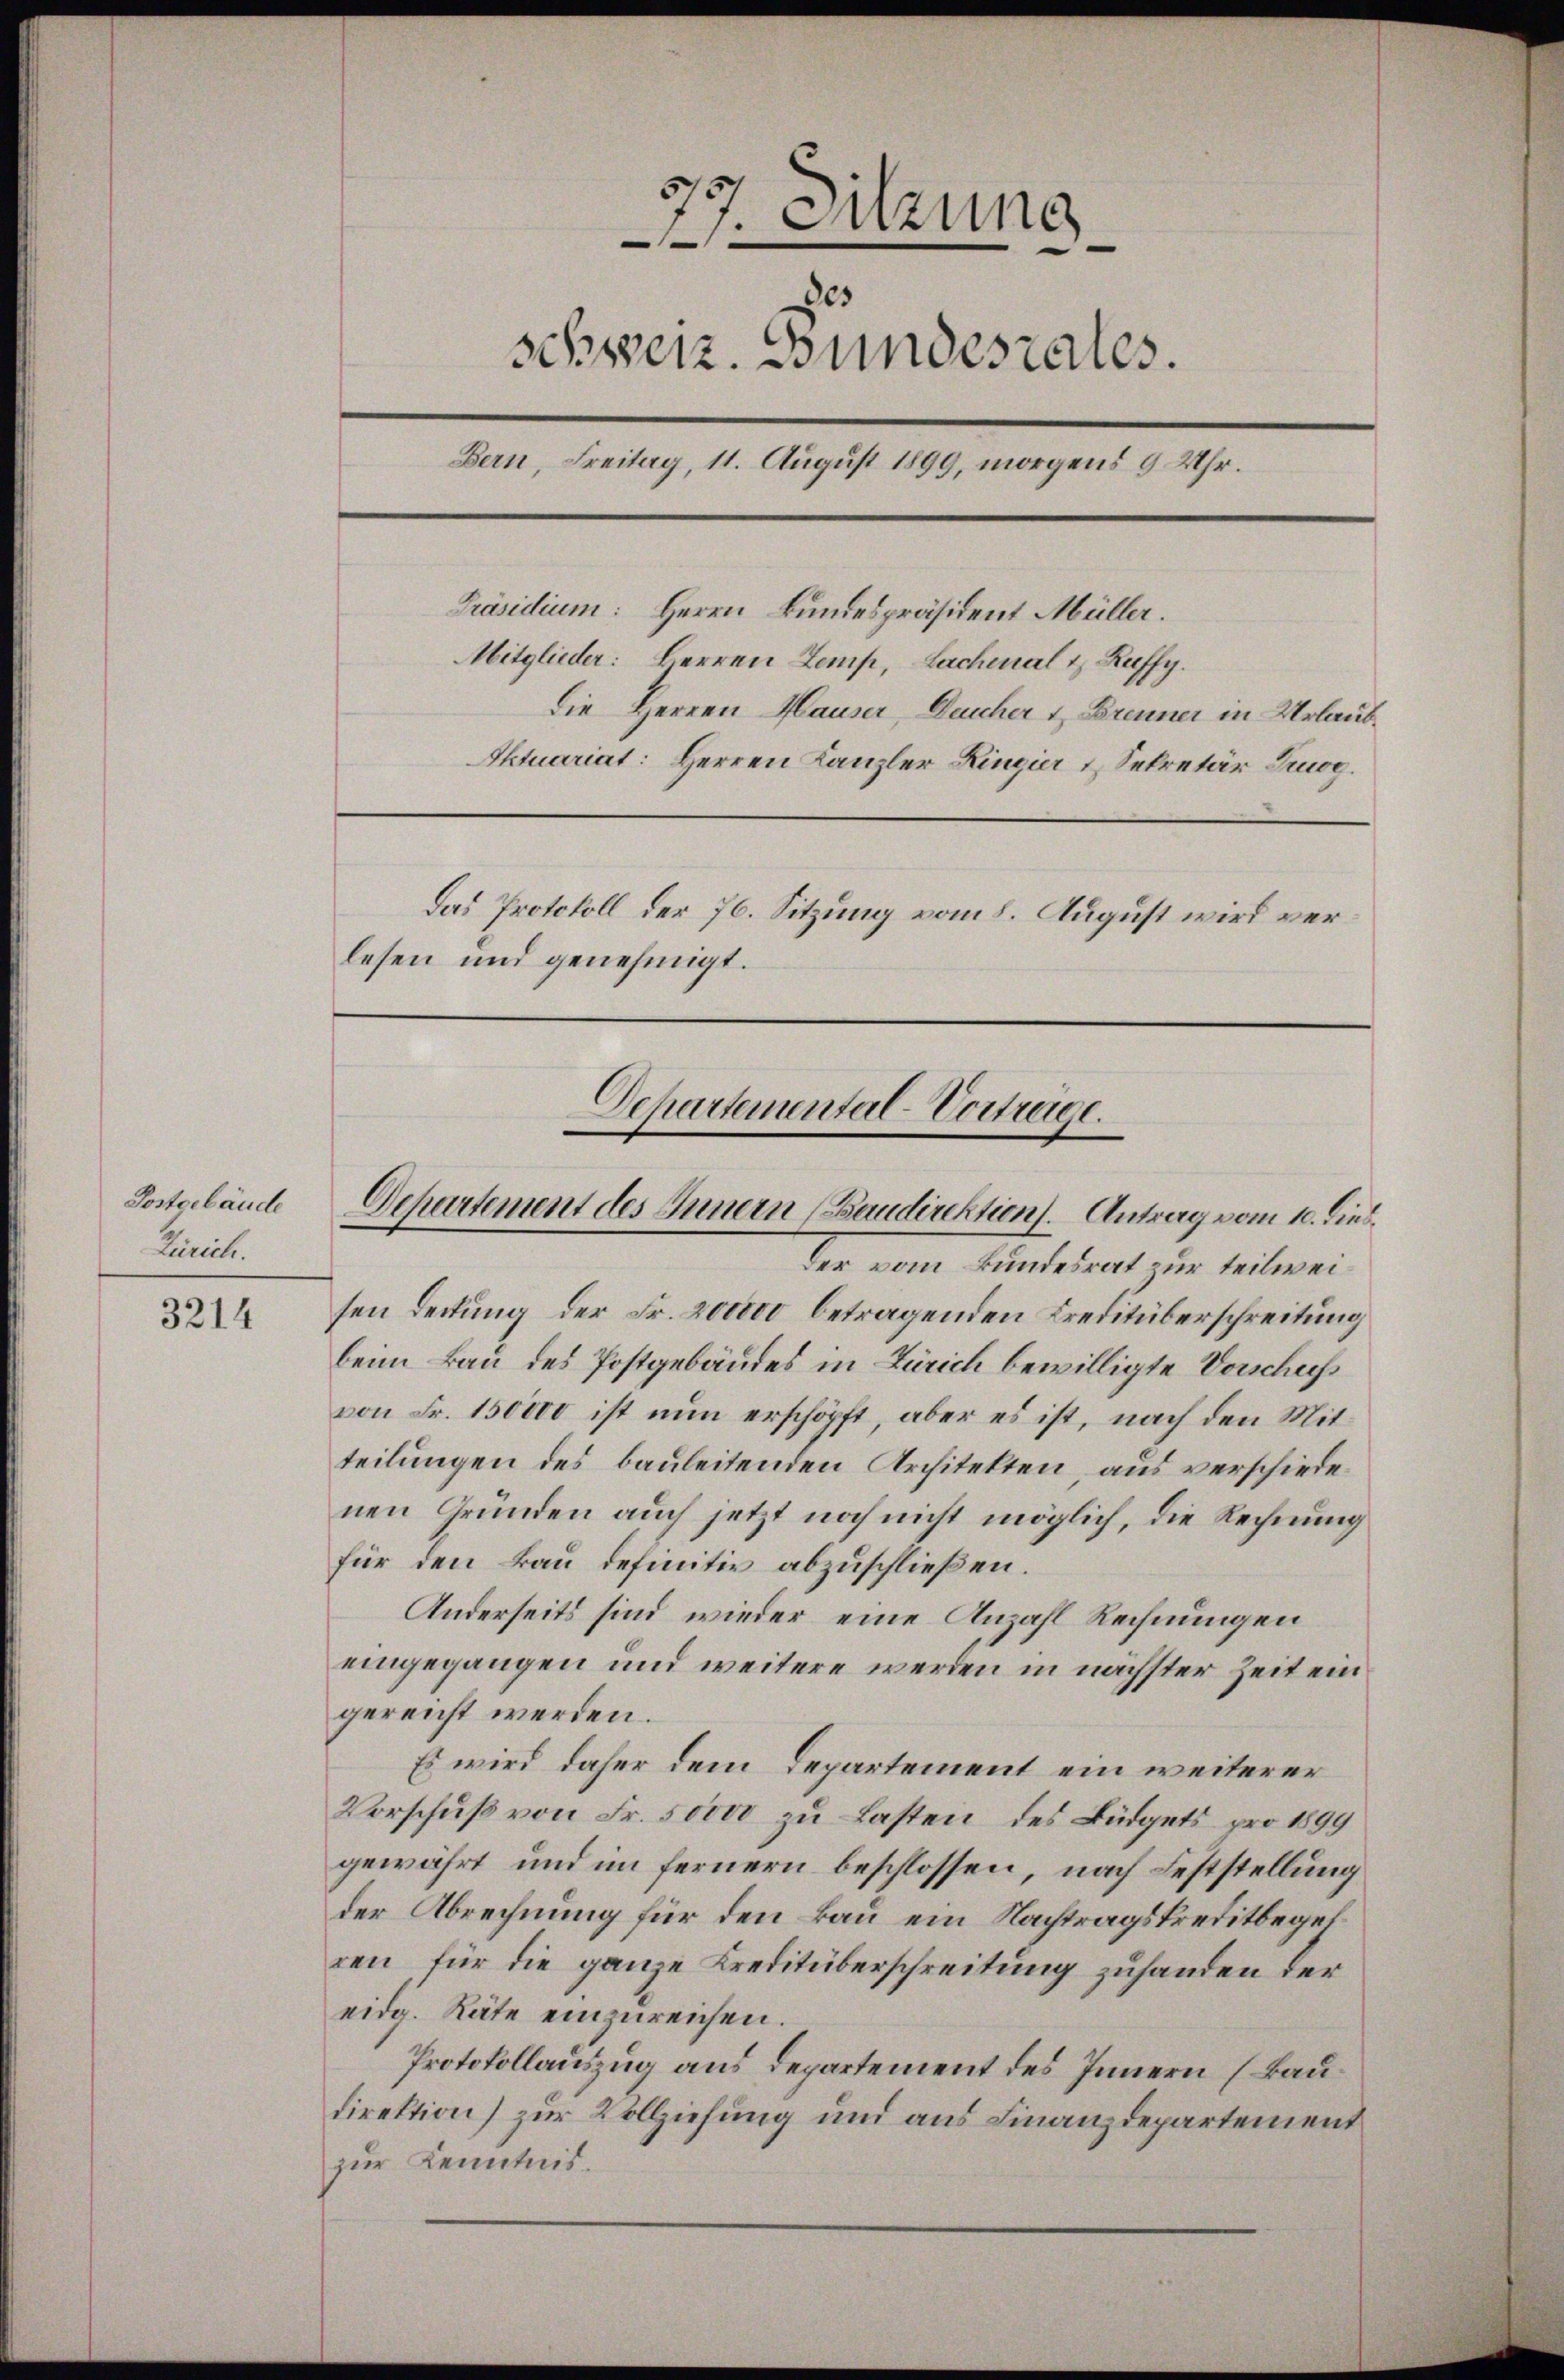
Zürich.

3214

77. Sitzung
des
schweiz. Bundesrates.
Bern, Freitag, 11. August 1899, morgens 9 Uhr.
Präsidium: Herrn Bundespräsident Müller.
Mitglieder: Herren Zemp, Lachenal & Raffy.
Die Herren Hauser, Deucher & Brenner in Urlaub¬
Aktuariat: Herren Kanzler Ringier & Sekretär zog.
Das Protokoll der 76. Sitzung vom 8. August wird verlesen und genehmigt.

Departemental-Vortrage.
Posterlände Departement des Innern (Baudirektion. Antrag vom 10. dies

Der vom Bundesrat zur teilweisen Deckung der Fr. 200000 betragenden Kreditüberschreitung
beim Bau des Postgebäudes in Zürich bewilligte Vorschuß
von Fr. 150000 ist nun erschöpft, aber es ist, nach den Mitteilungen des bauleitenden Architekten aus verschiedenen Gründen auch jetzt noch nicht möglich, die Rechnung
für den Bau definitiv abzuschließen.
Anderseits sind wieder eine Anzahl Rechnungen
eingegangen und weitere werden in nächster Zeit ein
gereicht werden.
Es wird daher dem Departement ein weiterer
Vorschuß von Fr. 50000 zu Lasten des Büdgets pro 1899
gewährt und im fernern beschlossen, nach Feststellung
der Abrechnung für den Bau ein Nachtragskreditbegel
ren für die ganze Kreditüberschreitung zuhanden der
eidg. Räte einzureichen.
Protokollauszug aus Departement des Innern (Baudirektion) zur Vollziehung und aus Finanzdepartement
zur Kenntnis.